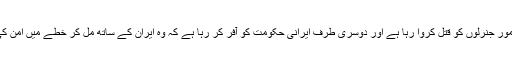
کیا فراخدلی ہے کہ ایک طرف وہ ایران کے نامور جنرلوں کو قتل کروا رہا ہے اور دوسری طرف ایرانی حکومت کو آفر کر رہا ہے کہ وہ ایران کے ساتھ مل کر خطے میں امن کی بحالی کے لیے کام کرنے کے لیے تیار ہے۔